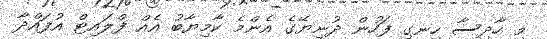
މި ހާދިސާ ހިނގި ފަހުން ދުނިޔޭގެ އެންމެ ކާމިޔާބު އެއް ފްލައިޓް އުފައްދާ